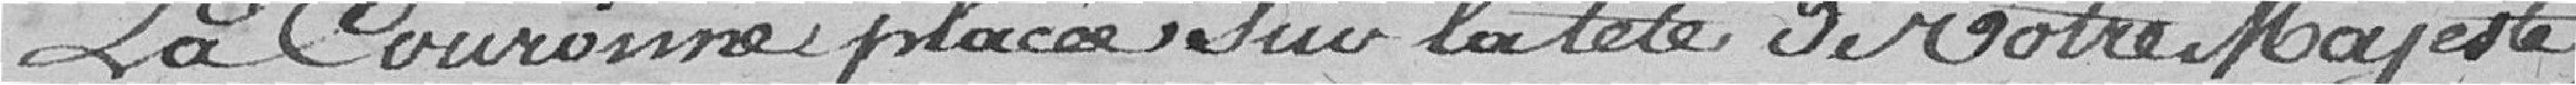
La couronne placée sur la tête de Votre Majesté